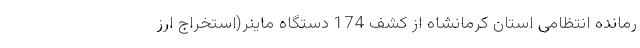
رمانده انتظامی استان کرمانشاه از کشف 174 دستگاه ماینر(استخراج ارز